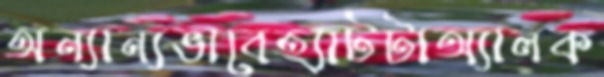
অন্যান্যভাবেহ্যাটটাঅ্যালক